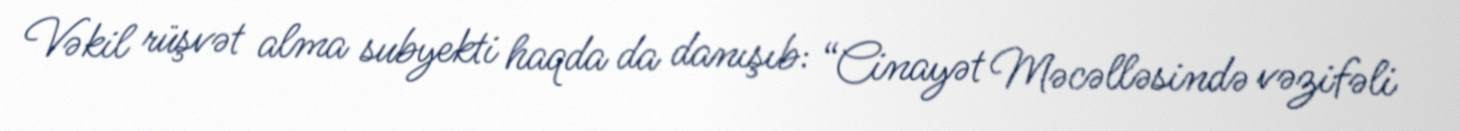
Vəkil rüşvət alma subyekti haqda da danışıb: “Cinayət Məcəlləsində vəzifəli